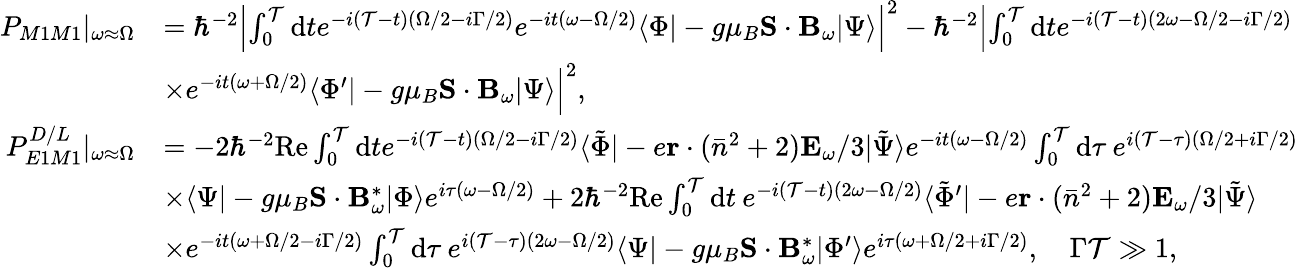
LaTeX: \begin{array}{rl}{P_{M1M1}|_{\omega\approx\Omega}}&{=\hbar^{-2}\Bigl|\int_{0}^{\mathcal{T}}\mathrm{d}te^{-i(\mathcal{T}-t)(\Omega/2-i\Gamma/2)}e^{-it(\omega-\Omega/2)}\langle\Phi|-g\mu_{B}\mathbf{S}\cdot\mathbf{B}_{\omega}|\Psi\rangle\Bigr|^{2}-\hbar^{-2}\Bigl|\int_{0}^{\mathcal{T}}\mathrm{d}te^{-i(\mathcal{T}-t)(2\omega-\Omega/2-i\Gamma/2)}}\\ &{\times e^{-it(\omega+\Omega/2)}\langle\Phi^{\prime}|-g\mu_{B}\mathbf{S}\cdot\mathbf{B}_{\omega}|\Psi\rangle\Bigr|^{2},}\\ {P_{E1M1}^{D/L}|_{\omega\approx\Omega}}&{=-2\hbar^{-2}\mathrm{Re}\int_{0}^{\mathcal{T}}\mathrm{d}te^{-i(\mathcal{T}-t)(\Omega/2-i\Gamma/2)}\langle\tilde{\Phi}|-e\mathbf{r}\cdot(\bar{n}^{2}+2)\mathbf{E}_{\omega}/3|\tilde{\Psi}\rangle e^{-it(\omega-\Omega/2)}\int_{0}^{\mathcal{T}}\mathrm{d}\tau\: e^{i(\mathcal{T}-\tau)(\Omega/2+i\Gamma/2)}}\\ &{\times\langle\Psi|-g\mu_{B}\mathbf{S}\cdot\mathbf{B}_{\omega}^{\ast}|\Phi\rangle e^{i\tau(\omega-\Omega/2)}+2\hbar^{-2}\mathrm{Re}\int_{0}^{\mathcal{T}}\mathrm{d}t\: e^{-i(\mathcal{T}-t)(2\omega-\Omega/2)}\langle\tilde{\Phi}^{\prime}|-e\mathbf{r}\cdot(\bar{n}^{2}+2)\mathbf{E}_{\omega}/3|\tilde{\Psi}\rangle}\\ &{\times e^{-it(\omega+\Omega/2-i\Gamma/2)}\int_{0}^{\mathcal{T}}\mathrm{d}\tau\: e^{i(\mathcal{T}-\tau)(2\omega-\Omega/2)}\langle\Psi|-g\mu_{B}\mathbf{S}\cdot\mathbf{B}_{\omega}^{\ast}|\Phi^{\prime}\rangle e^{i\tau(\omega+\Omega/2+i\Gamma/2)},\quad\Gamma\mathcal{T}\gg 1,}\end{array}